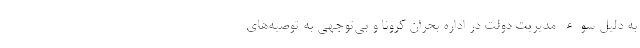
به دلیل سوء مدیریت دولت در اداره بحران کرونا و بی‌توجهی به توصیه‌های